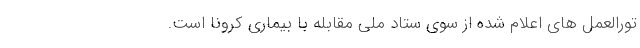
تورالعمل های اعلام شده از سوی ستاد ملی مقابله با بیماری کرونا است.